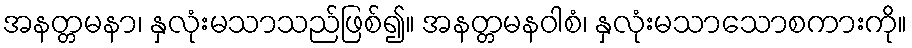
အနတ္တမနာ၊ နှလုံးမသာသည်ဖြစ်၍။ အနတ္တမနဝါစံ၊ နှလုံးမသာသောစကားကို။